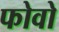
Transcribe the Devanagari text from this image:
फोवो